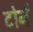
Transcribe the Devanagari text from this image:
टोर्न